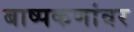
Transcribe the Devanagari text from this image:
बाष्पकणांवर